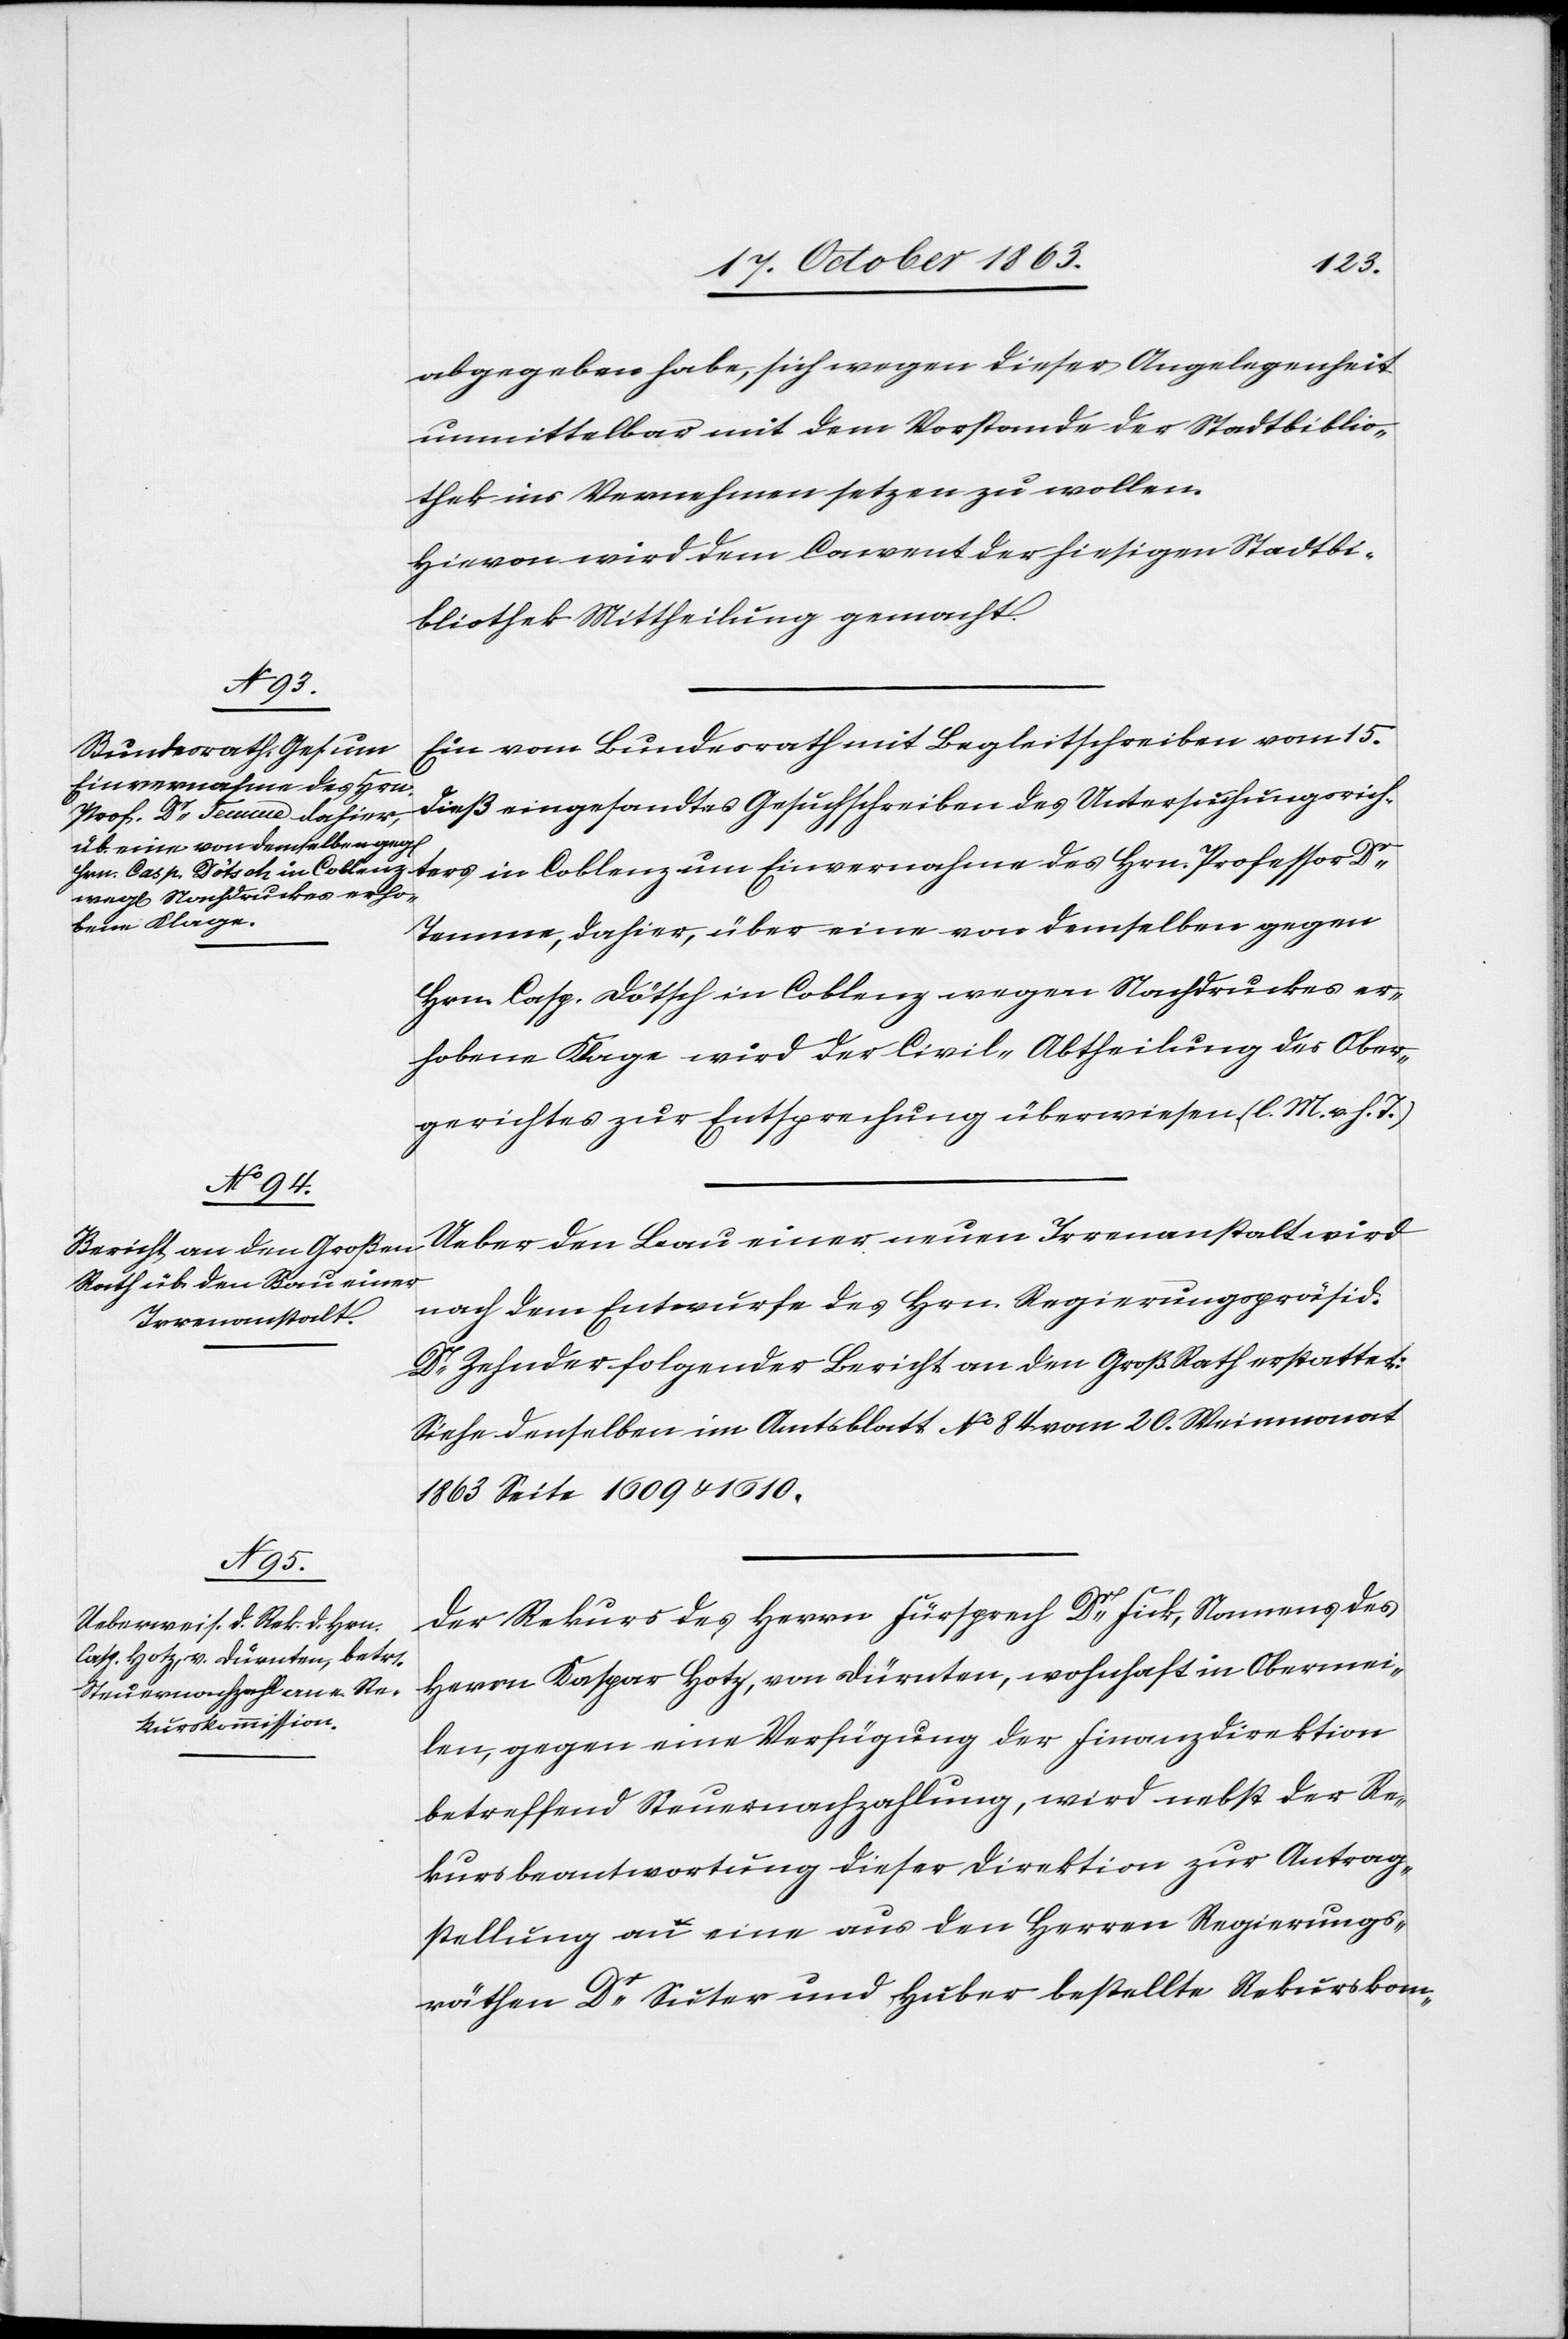
abgegeben habe, sich wegen dieser Angelegenheit
unmittelbar mit dem Vorstande der Stadtbiblio¬
thek ins Vernehmen setzen zu wollen.
Hievon wird dem Convent der hiesigen Stadtbi¬
bliothek Mittheilung gemacht.
Ein vom Bundesrath mit Begleitschrieben vom 15.
Einvernahme des Hrn.
dieß eingesandtes Gesuchschreiben des Untersuchungsrichters
Temme, dahier, über eine von demselben gegen
Hrn. Casp. Dötsch in Coblenz wegen Nachdruckes er¬
hobene Klage wird der Civil-Abtheilung des Ober¬
gerichtes zur Entsprechung überwiesen. (l. M. v. h. T.)
Ueber den Bau einer neuen Irrenanstalt wird
nach dem Entwurfe des Hrn. Regierungspräsid.
Dr Zehnder folgender Bericht an den Groß. Rath erstattet:
Siehe denselben im Amtsblatt No 84 vom 20. Weinmonat
1863 Seite 1609 & 1610.
Der Rekurs des Herrn Fürsprech Dr Fick, Namens des
Herrn Kaspar Hotz, von Dürnten, wohnhaft in Obermei¬
len, gegen eine Verfügung der Finanzdirektion
betreffend Steuernachzahlung, wird nebst der Re¬
kursbeantwortung dieser Direktion zur Antrag¬
stellung an eine aus den Herren Regierungs¬
räthen Dr Suter und Huber bestellte Rekurskom-